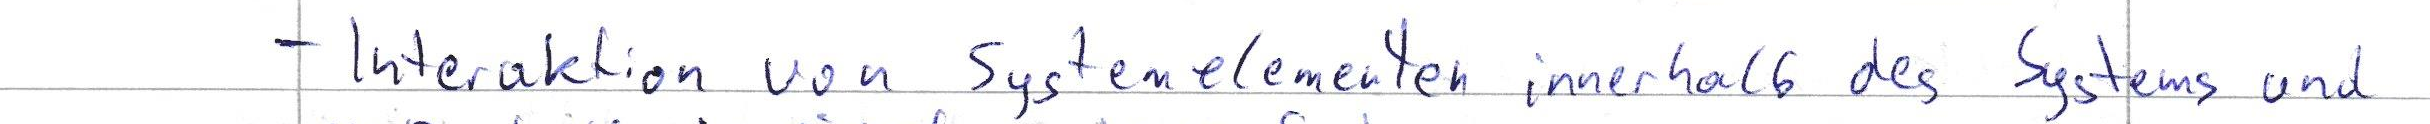
- Interaktion von Systemelementen innerhalb des Systems und